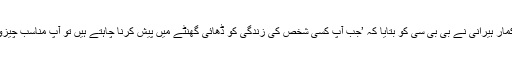
فلم کے ہدایت کار راج کمار ہیرانی نے بی بی سی کو بتایا کہ ’جب آپ کسی شخص کی زندگی کو ڈھائی گھنٹے میں پیش کرنا چاہتے ہیں تو آپ مناسب چیزوں کا انتخاب کرتے ہیں۔